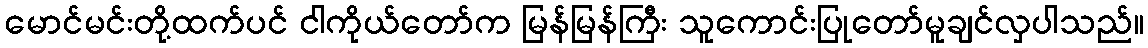
မောင်မင်းတို့ထက်ပင် ငါကိုယ်တော်က မြန်မြန်ကြီး သူကောင်းပြုတော်မူချင်လှပါသည်။